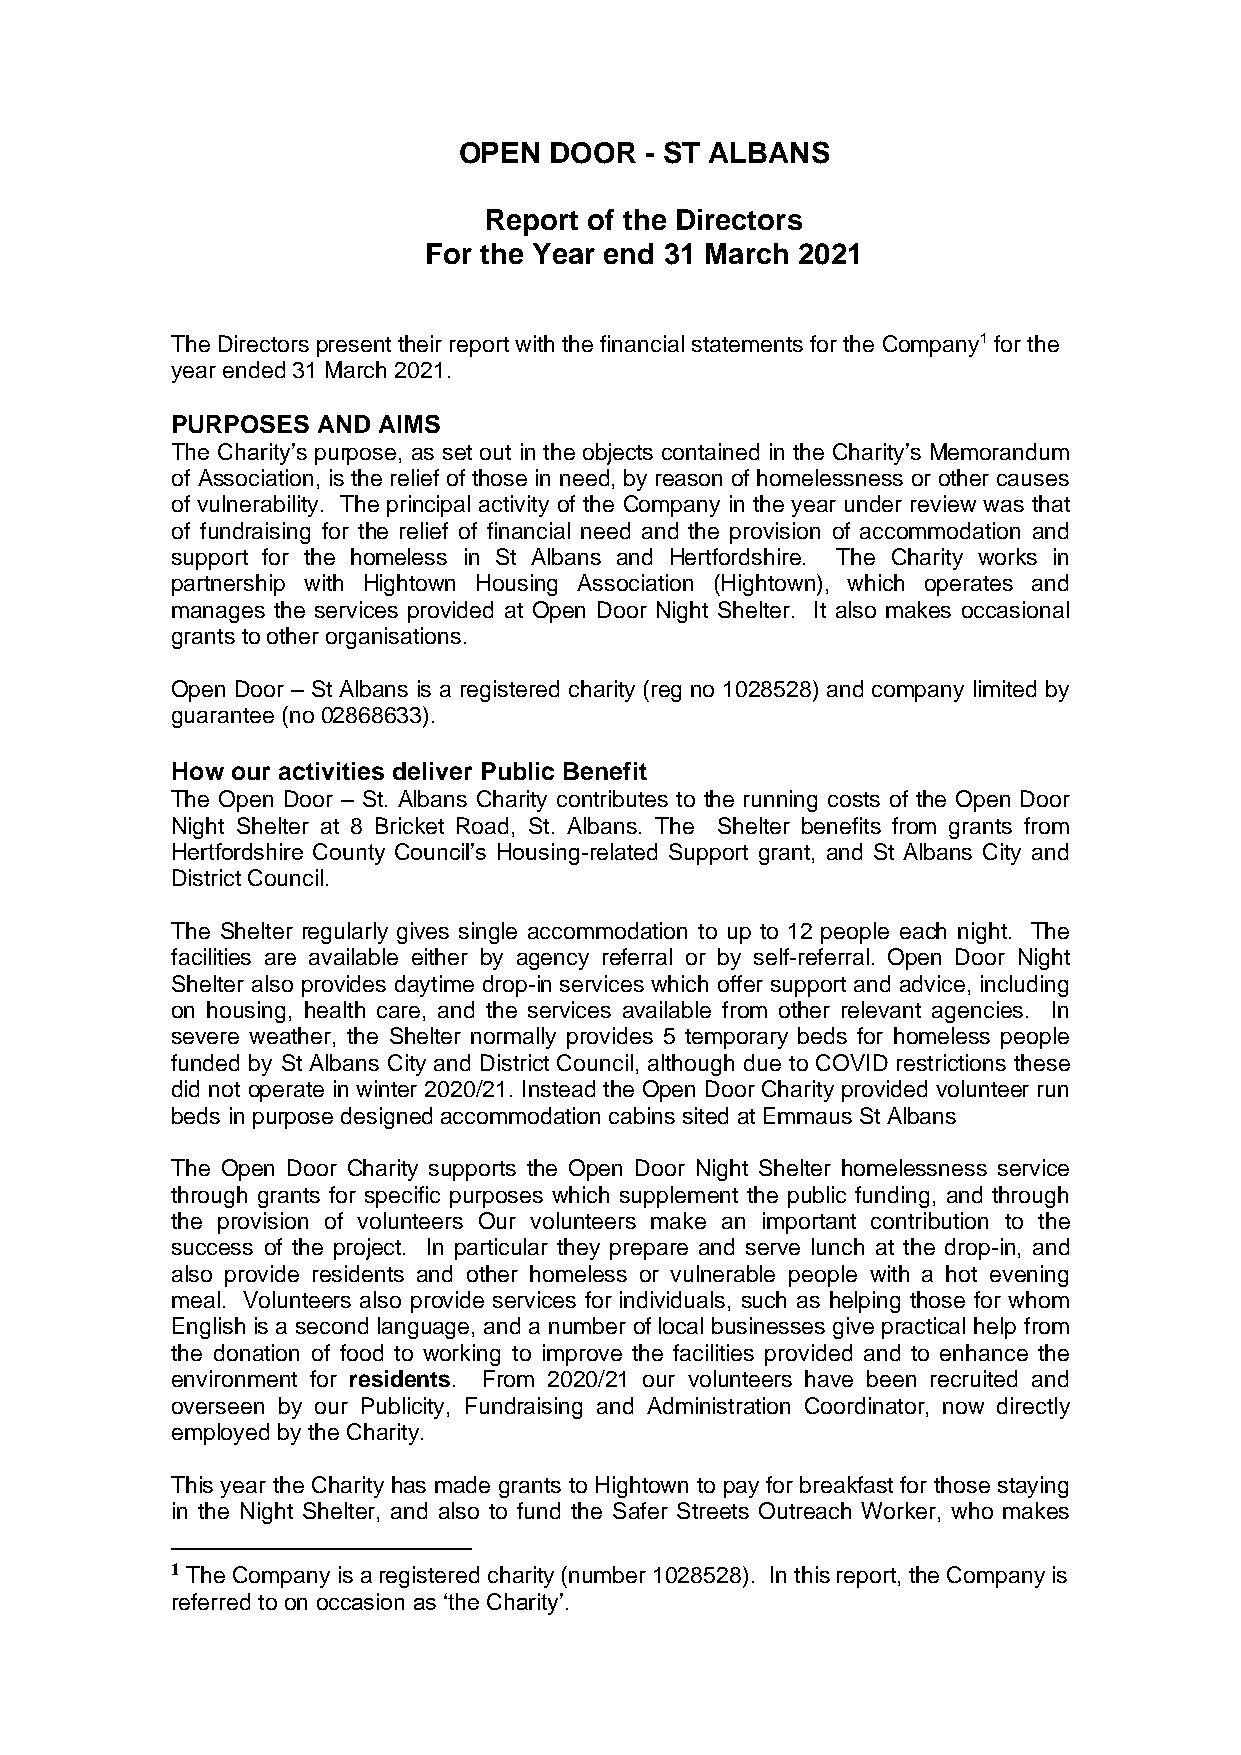
OPEN  DOOR   - ST ALBANS
 Report of the Directors
 For the Year end 31 March 2021
 The Directors present their report with the financial statements for the Company1 for the
 year ended 31 March 2021.
 PURPOSES  AND AIMS
 The Charity’s purpose, as set out in the objects contained in the Charity’s Memorandum
 of Association, is the relief of those in need, by reason of homelessness or other causes
 of vulnerability. The principal activity of the Company in the year under review was that
 of fundraising for the relief of financial need and the provision of accommodation and
 support for the homeless in St Albans and Hertfordshire. The Charity works in
 partnership with Hightown Housing Association (Hightown), which operates and
 manages the services provided at Open Door Night Shelter. It also makes occasional
 grants to other organisations.
 Open Door – St Albans is a registered charity (reg no 1028528) and company limited by
 guarantee (no 02868633).
 How our activities deliver Public Benefit
 The Open Door – St. Albans Charity contributes to the running costs of the Open Door
 Night Shelter at 8 Bricket Road, St. Albans. The Shelter benefits from grants from
 Hertfordshire County Council’s Housing-related Support grant, and St Albans City and
 District Council.
 The Shelter regularly gives single accommodation to up to 12 people each night. The
 facilities are available either by agency referral or by self-referral. Open Door Night
 Shelter also provides daytime drop-in services which offer support and advice, including
 on housing, health care, and the services available from other relevant agencies. In
 severe weather, the Shelter normally provides 5 temporary beds for homeless people
 funded by St Albans City and District Council, although due to COVID restrictions these
 did not operate in winter 2020/21. Instead the Open Door Charity provided volunteer run
 beds in purpose designed accommodation cabins sited at Emmaus St Albans
 The Open Door Charity supports the Open Door Night Shelter homelessness service
 through grants for specific purposes which supplement the public funding, and through
 the provision of volunteers Our volunteers make an important contribution to the
 success of the project. In particular they prepare and serve lunch at the drop-in, and
 also provide residents and other homeless or vulnerable people with a hot evening
 meal. Volunteers also provide services for individuals, such as helping those for whom
 English is a second language, and a number of local businesses give practical help from
 the donation of food to working to improve the facilities provided and to enhance the
 environment for residents. From 2020/21 our volunteers have been recruited and
 overseen by our Publicity, Fundraising and Administration Coordinator, now directly
 employed by the Charity.
 This year the Charity has made grants to Hightown to pay for breakfast for those staying
 in the Night Shelter, and also to fund the Safer Streets Outreach Worker, who makes
 1 The Company is a registered charity (number 1028528). In this report, the Company is
 referred to on occasion as ‘the Charity’.